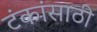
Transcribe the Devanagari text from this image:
टंकांसाठी